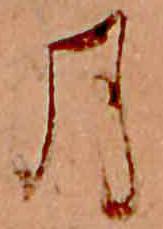
月